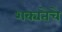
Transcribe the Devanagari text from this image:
शक्यतेचे